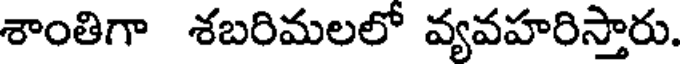
శాంతిగా శబరిమలలో వ్యవహరిస్తారు.